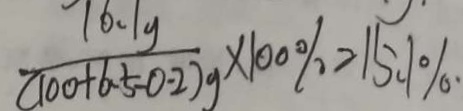
\frac { 1 6 . 1 g } { ( 1 0 0 + 6 . 5 - 0 . 2 ) g } \times 1 0 0 \% = 1 5 . 1 \%